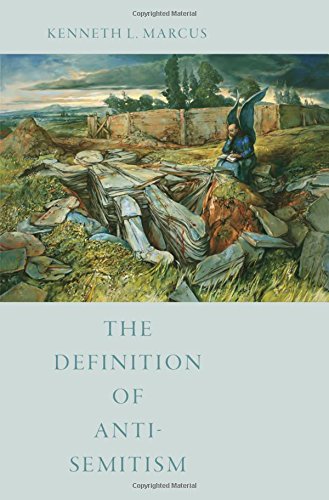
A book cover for The Definition of Anti-Semitism; Kenneth L. Marcus; Religion & Spirituality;